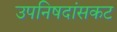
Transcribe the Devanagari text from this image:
उपनिषदांसकट